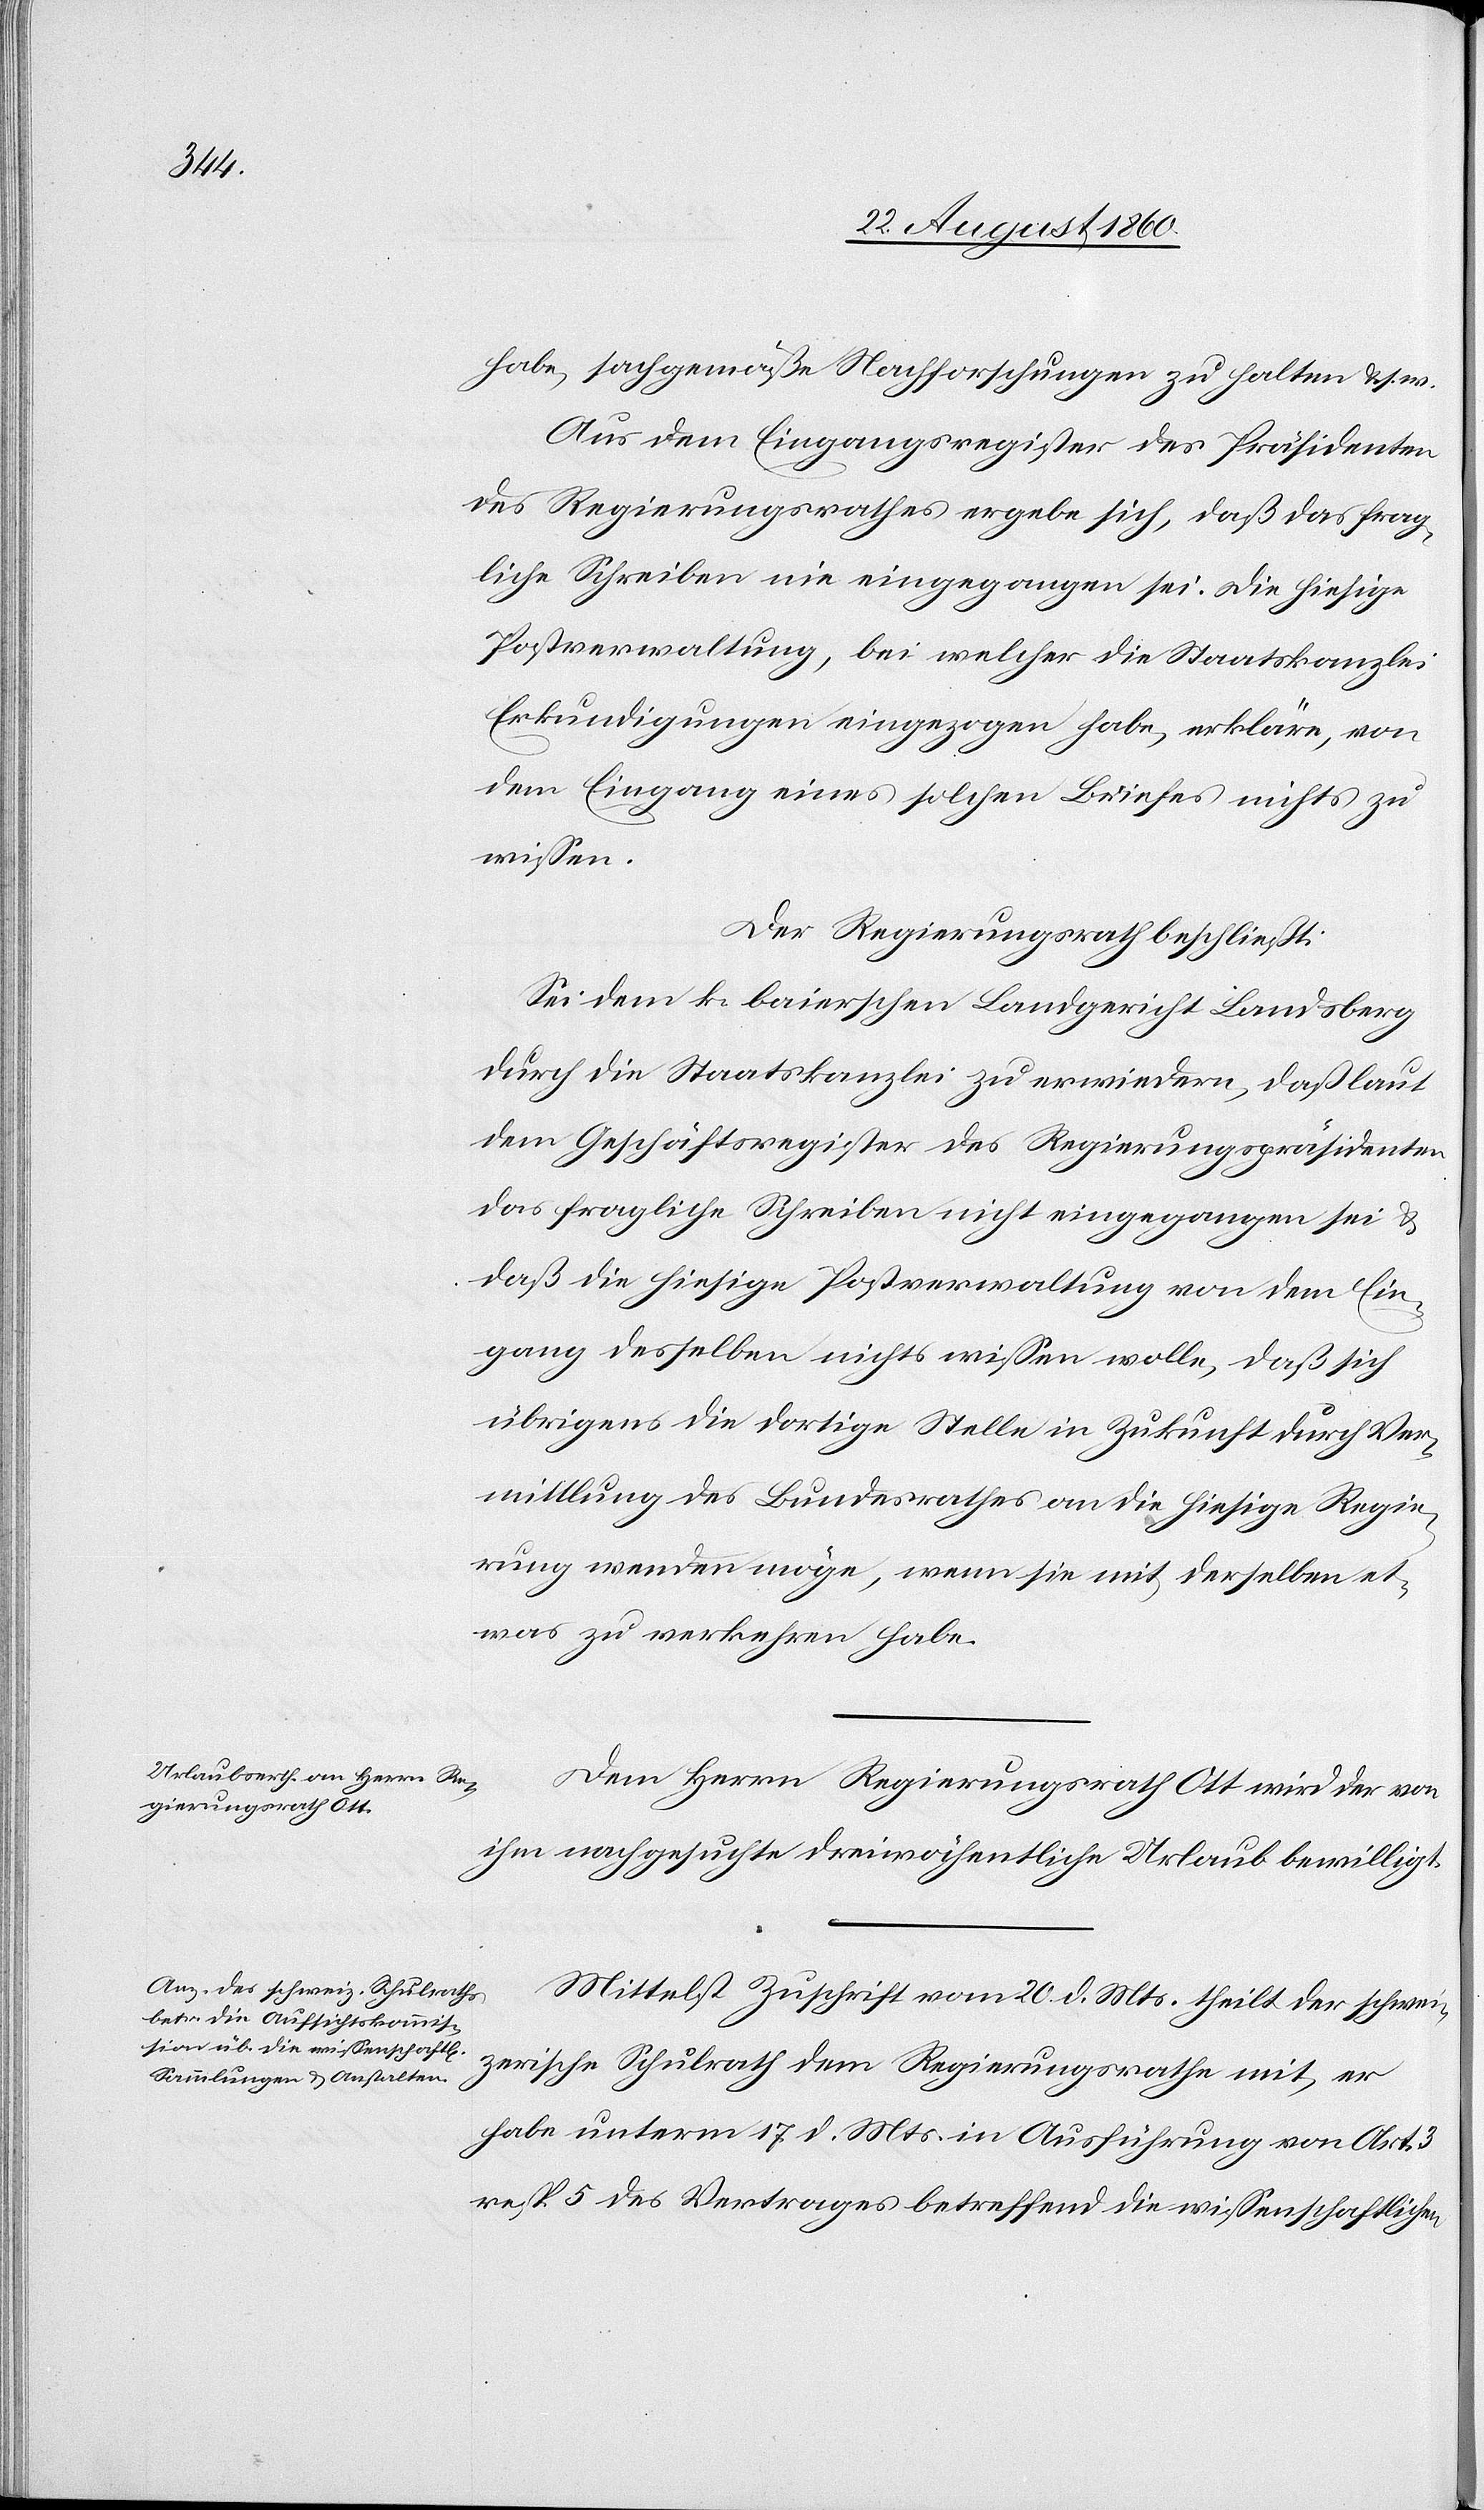
habe, sachgemässe Nachforschungen zu halten u. s. w.
Aus dem Eingangsregister des Präsidenten
des Regierungsrathes ergebe sich, dass das frag¬
liche Schreiben nie eingegangen sei. Die hiesige
Postverwaltung, bei welcher die Staatskanzlei
Erkundigungen eingezogen habe, erkläre, von
dem Eingang eines solchen Briefes nichts zu
wissen.
Der Regierungsrath beschliesst:
Sei dem k. bairischen Landgericht Landsberg
durch die Staatskanzlei zu erwiedern, dass laut
dem Geschäftsregister des Regierungspräsidenten
das fragliche Schreiben nicht eingegangen sei und
dass die hiesige Postverwaltung von dem Ein¬
gang desselben nichts wissen wolle, dass sich
übrigens die dortige Stelle in Zukunft durch Ver¬
mittlung des Bundesrathes an die hiesige Regie¬
rung wenden möge, wenn sie mit derselben et¬
was zu verkehren habe.
Dem Herrn Regierungsrath Ott wird der von
ihm nachgesuchte dreiwöchentliche Urlaub bewilligt.
Mittelst Zuschrift vom 20. d. Mts. theilt der schwei¬
zerische Schulrath dem Regierungsrathe mit, er
habe unterm 17. d. Mts. in Ausführung von Art. 3
resp. 5 des Vertrages betreffend die wissenschaftlichen